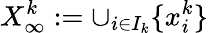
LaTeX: X_{\infty}^{k}:=\cup_{i\in I_{k}}\{ x_{i}^{k}\}